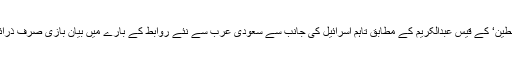
’جمہوری محاذ برائے آزادی فلسطین‘ کے قیس عبدالکریم کے مطابق تاہم اسرائیل کی جانب سے سعودی عرب سے نئے روابط کے بارے میں بیان بازی صرف ذرائع ابلاغ تک ہی محدود رہے گی۔